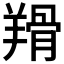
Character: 𦎰